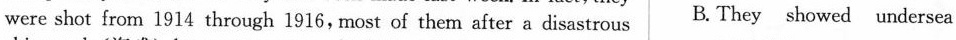
B.were shot from 1914 through 1916,most of them after a disastrous They showed undersea